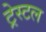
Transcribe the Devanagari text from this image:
ट्रेस्टल